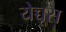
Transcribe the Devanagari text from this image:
येच्चूस